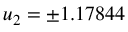
u _ { 2 } = \pm 1 . 1 7 8 4 4